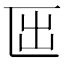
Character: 𠥱